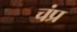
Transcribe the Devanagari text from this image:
चंप्र